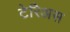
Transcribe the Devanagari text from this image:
टेरिअस